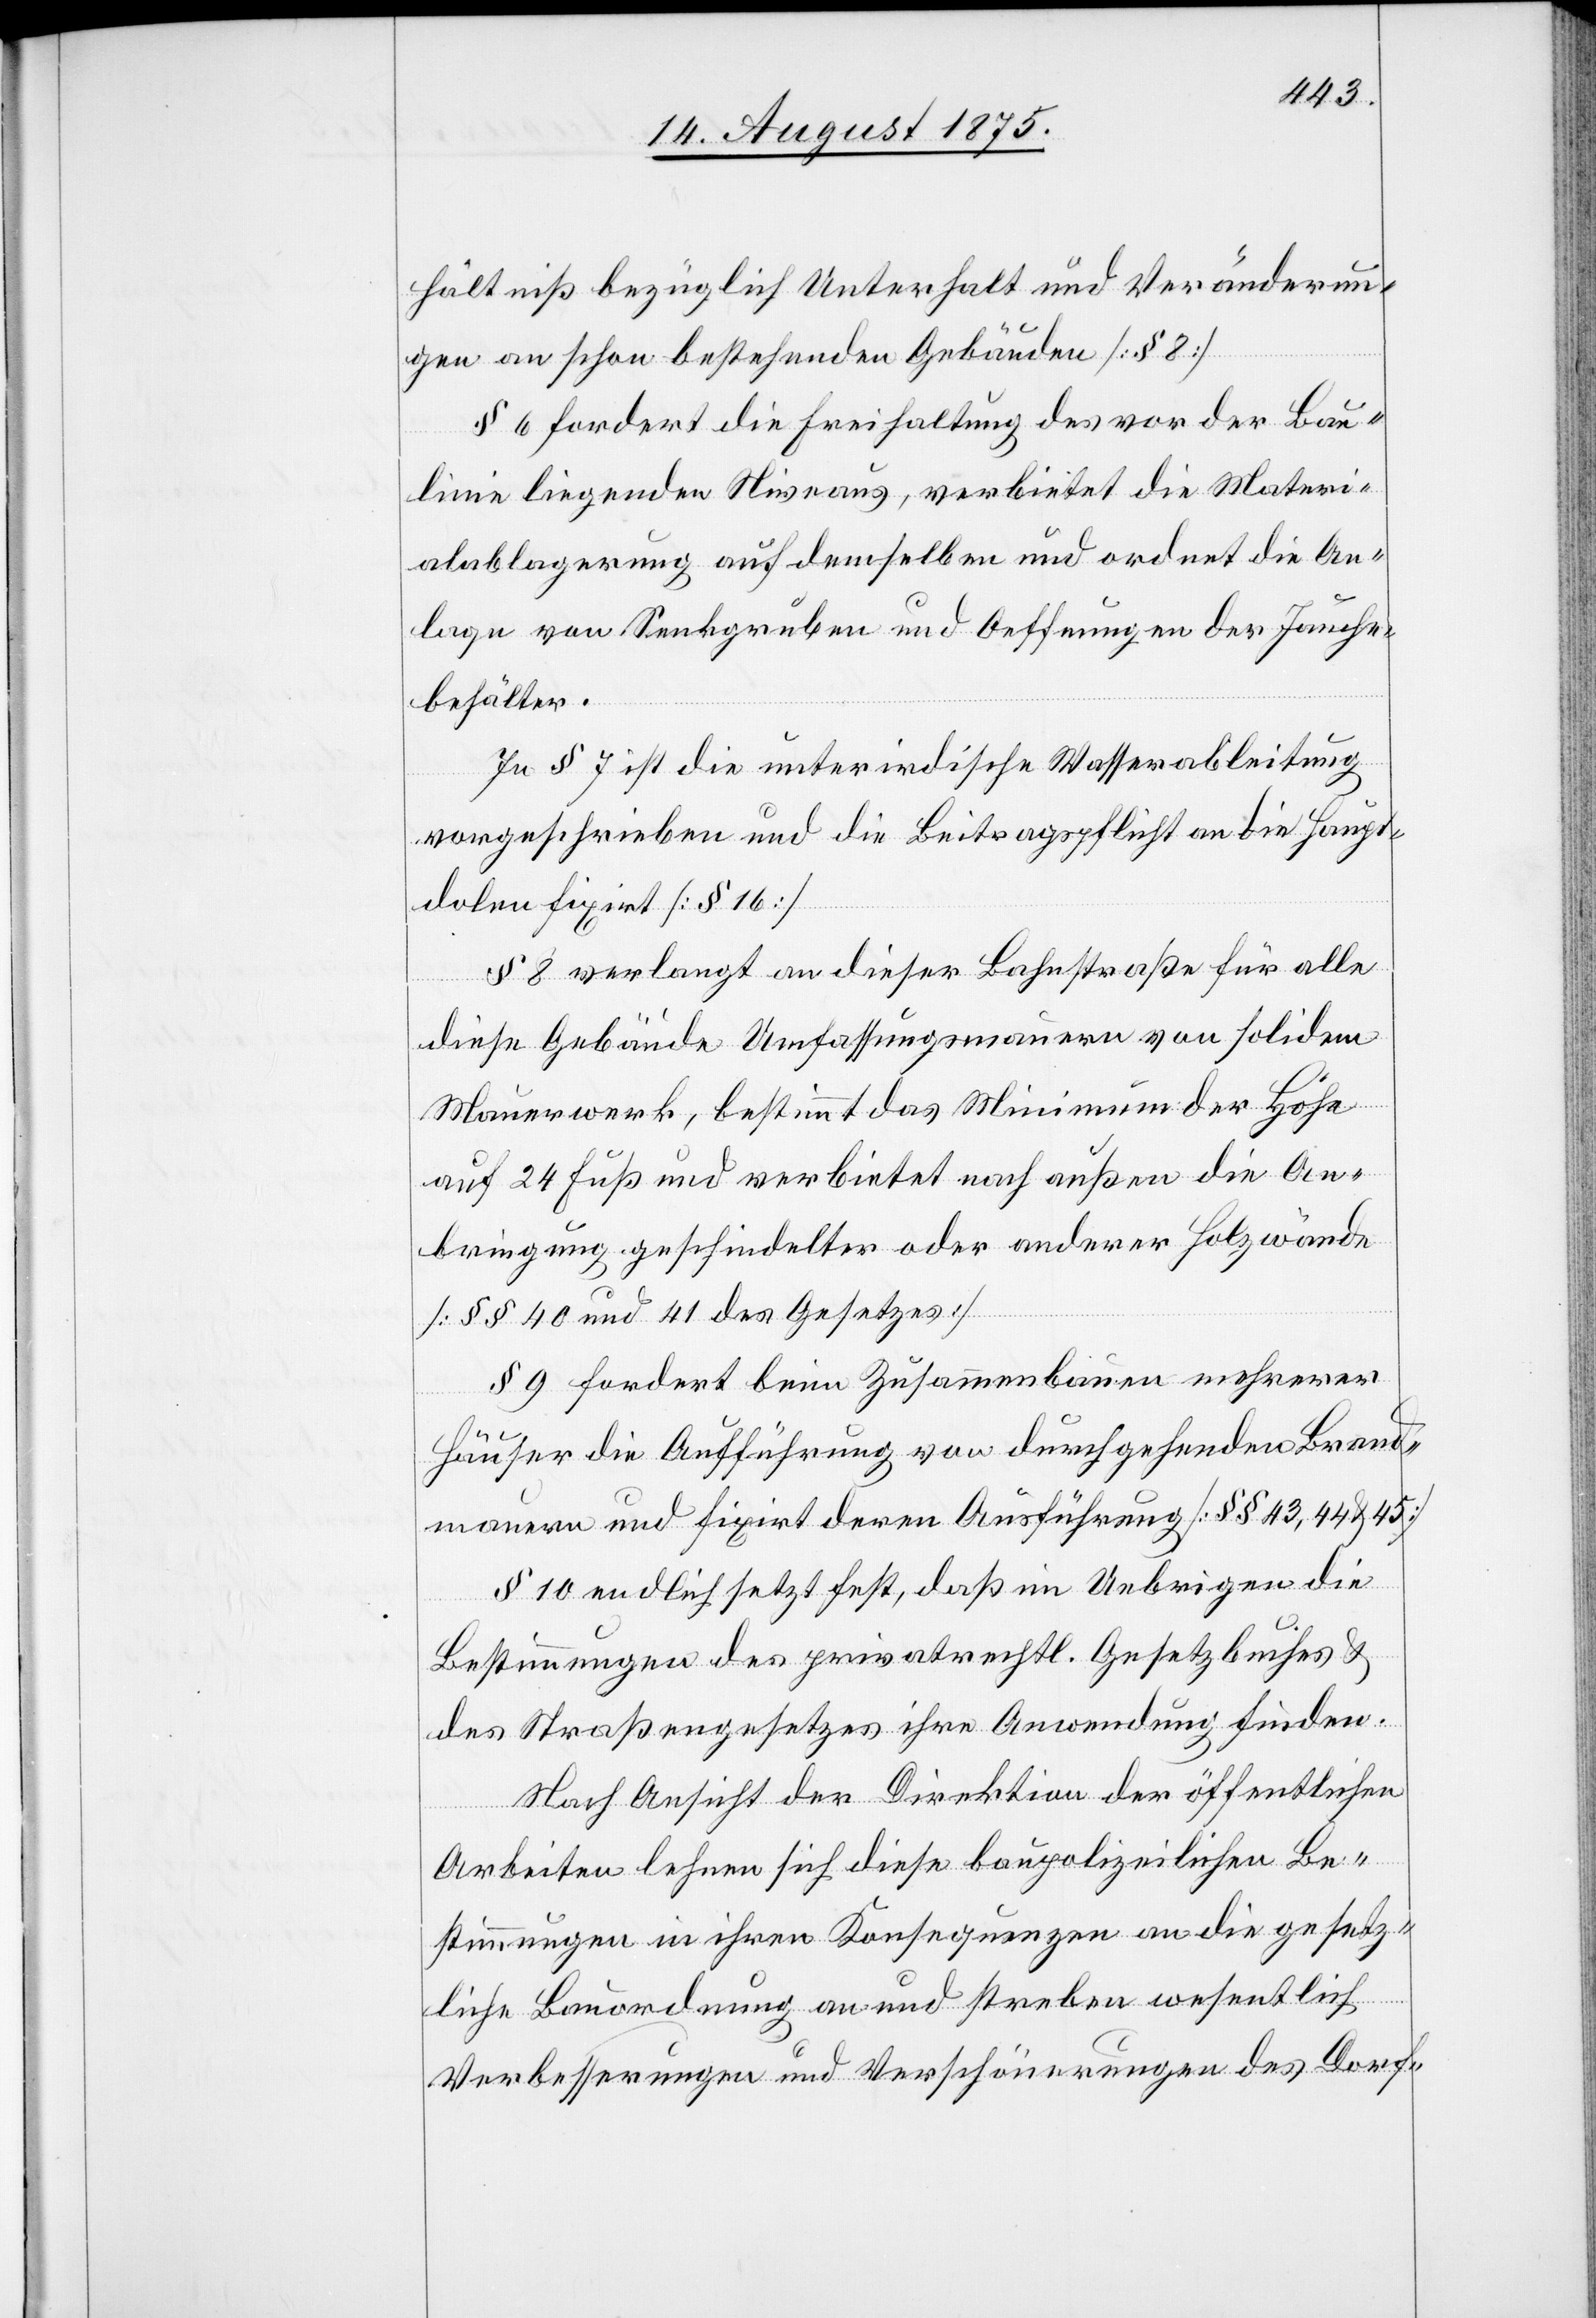
hältniß bezüglich Unterhalt und Veränderun¬
gen an schon bestehenden Gebäuden [§ 8].
§ 6 fordert die Freihaltung des vor der Bau¬
linie liegenden Niveaus, verbietet die Materi¬
alablagerung auf demselben und ordnet die An¬
lage von Senkgruben und Oeffnungen der Jauche¬
behälter.
In § 7 ist die unterirdische Wasserableitung
vorgeschrieben und die Beitragspflicht an die Haupt¬
dolen fixirt. [§ 16].
§ 8 verlangt an dieser Bahnstraße für alle
diese Gebäude Umfassungsmauern von solidem
Mauerwerk, bestimmt das Minimum der Höhe
auf 24 Fuß und verbietet nach außen die An¬
bringung geschindelter oder anderer Holzwände
[§§ 40 und 41 des Gesetzes].
§ 9 fordert beim Zusammenbauen mehrerer
Häuser die Aufführung von durchgehenden Brand¬
mauern und fixirt deren Ausführung [§§ 43, 44 & 45].
§ 10 endlich setzt fest, daß im Uebrigen die
Bestimmungen des privatrechtl. Gesetzbuches &
des Straßengesetzes ihre Anwendung finden.
Nach Ansicht der Direktion der öffentlichen
Arbeiten lehnen sich diese baupolizeilichen Be¬
stimmungen in ihren Konsequenzen an die gesetz¬
liche Bauordnung an und streben wesentlich
Verbesserungen und Verschönerungen des Dorf-